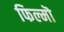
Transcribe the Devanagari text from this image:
फिल्मॊ